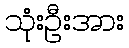
သုံးဦးအား